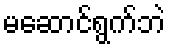
မဆောင်ရွက်ဘဲ